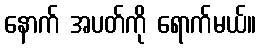
နောက် အပတ်ကို ရောက်မယ်။